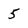
Character: 5